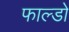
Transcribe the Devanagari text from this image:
फाल्डो